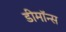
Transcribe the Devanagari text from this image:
डीमॉन्स